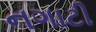
નગાટી